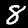
Digit: 8